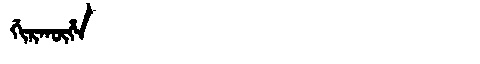
Manchu: ᡤᡳᡵᡴᡡᡥᠠ
Romanization: GIRKŪHA